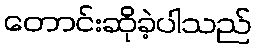
တောင်းဆိုခဲ့ပါသည်